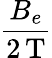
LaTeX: \frac{B_{e}}{2\, \mathrm{T}}